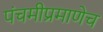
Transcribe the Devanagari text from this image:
पंचमीप्रमाणेच